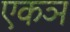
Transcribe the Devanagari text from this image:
एकञ